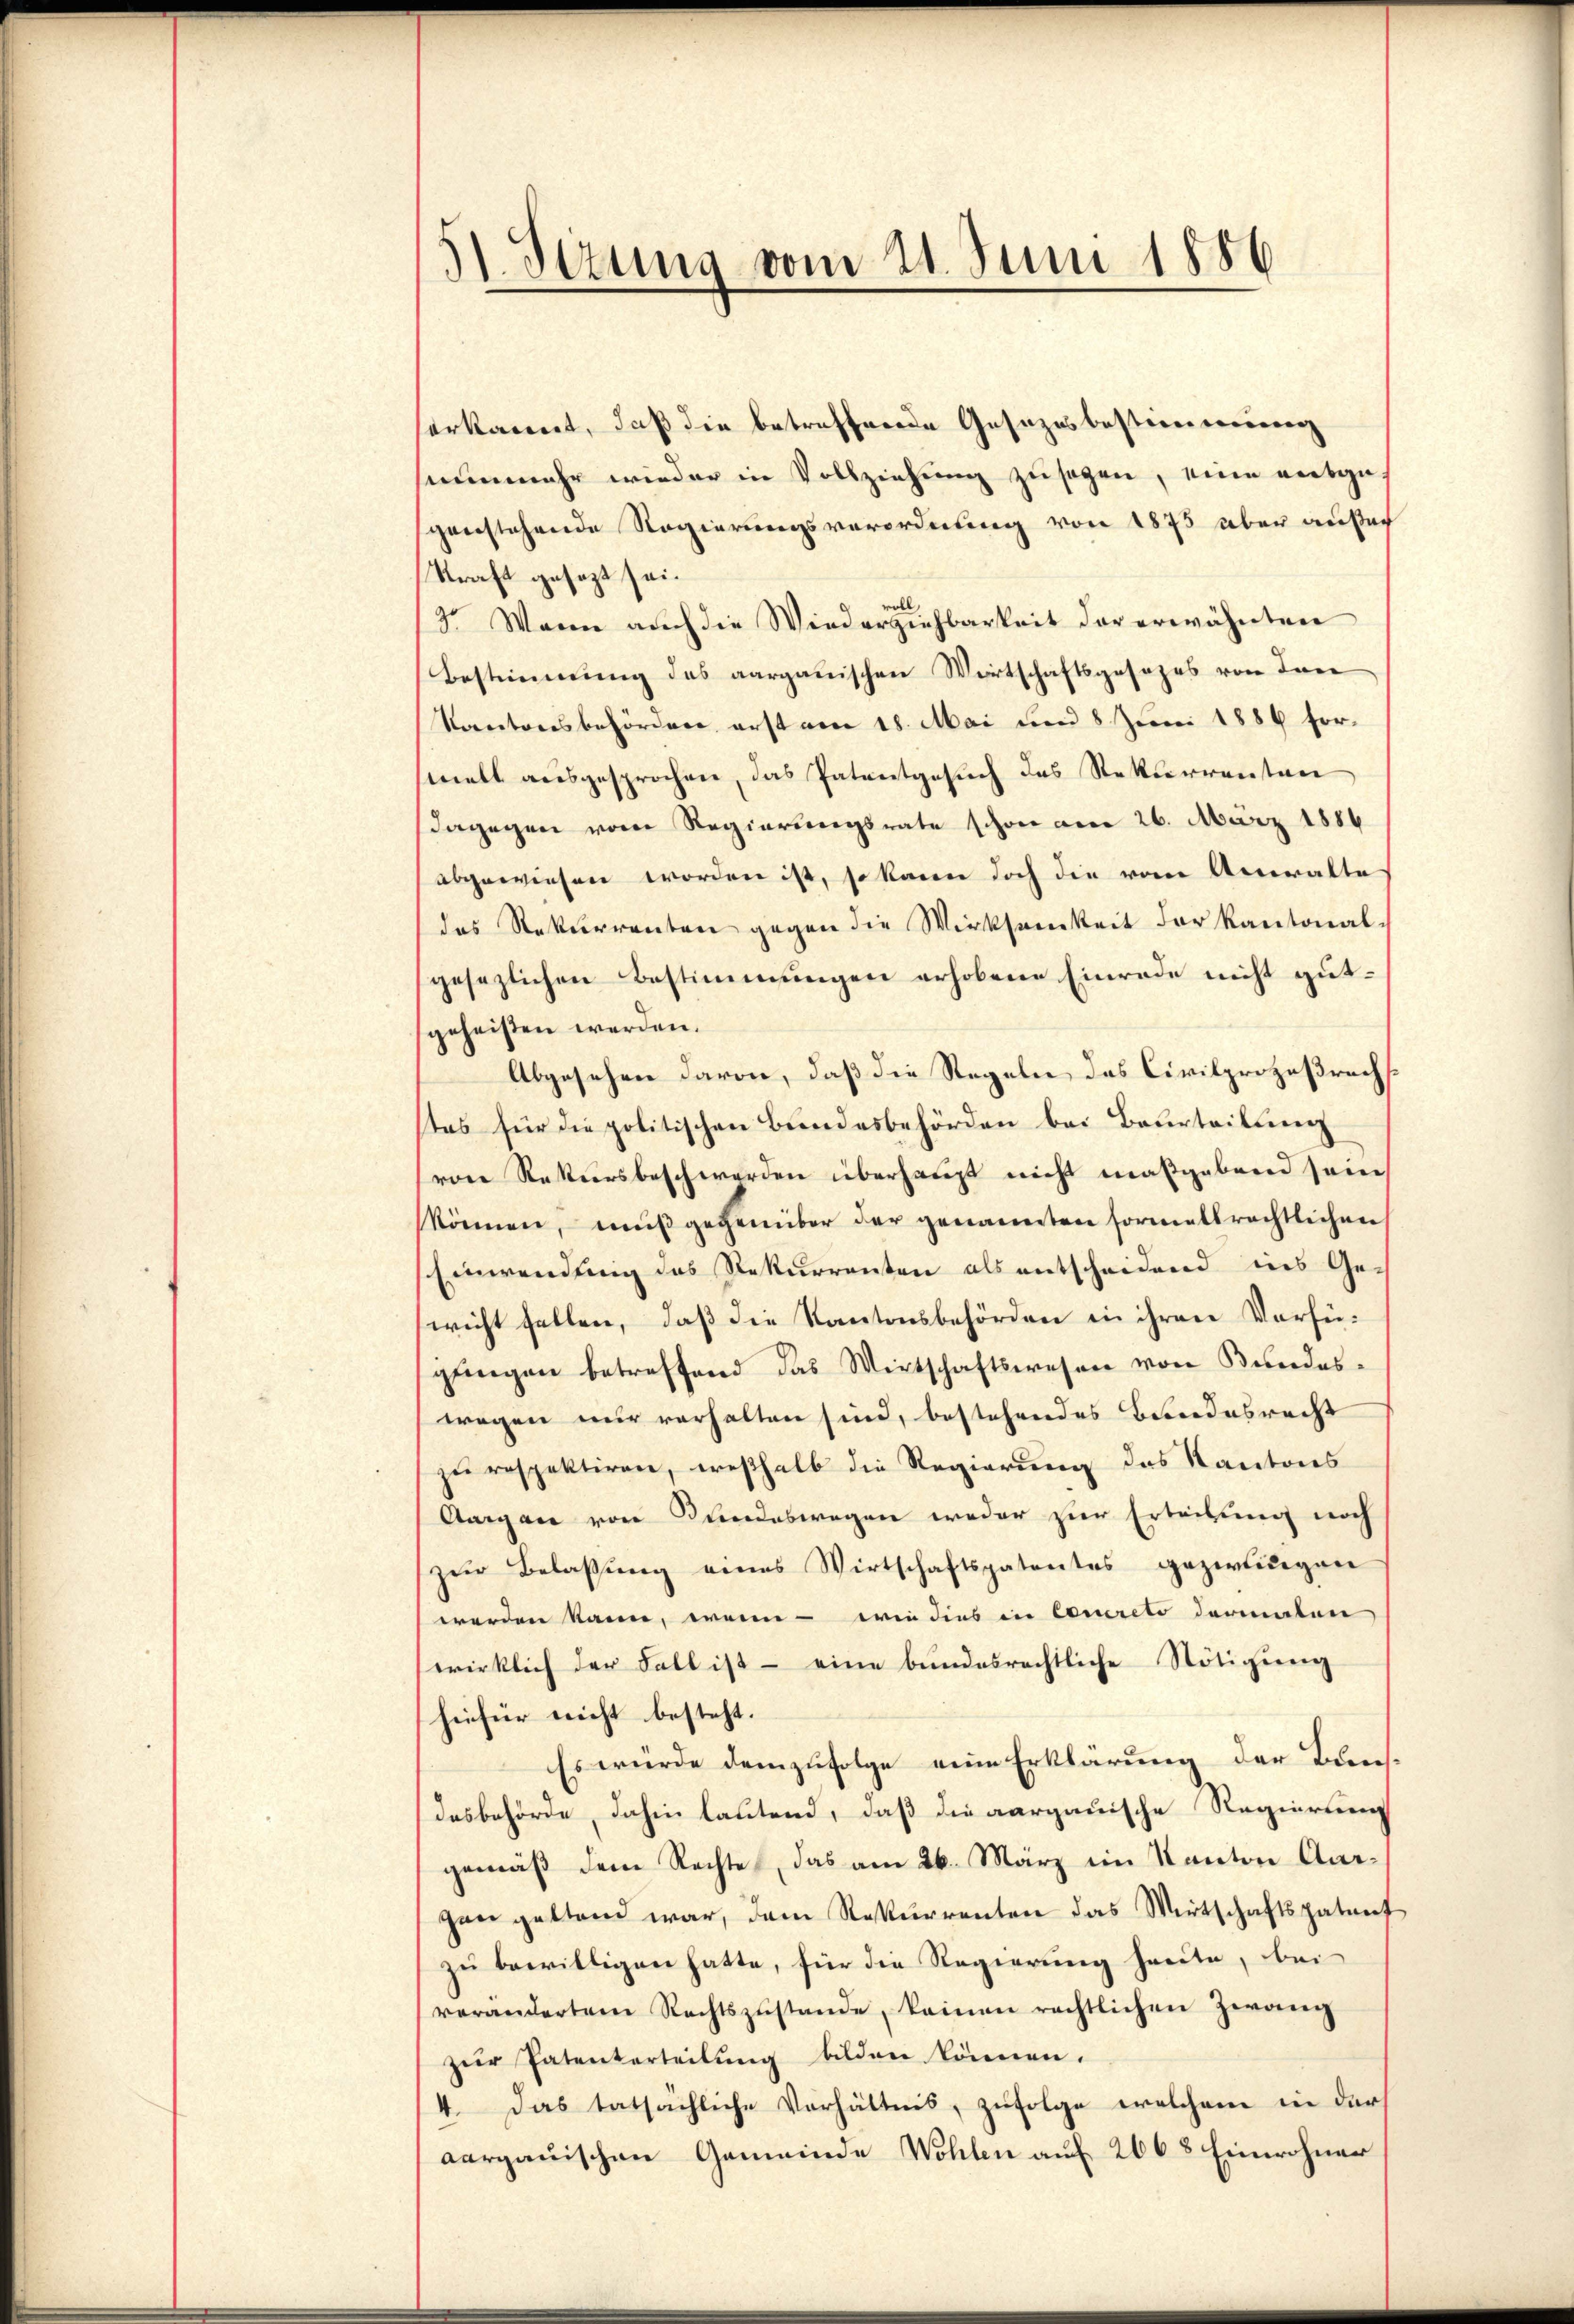
51. Sizung vom 21. Juni 1886

erkannt, daß die betreffende Gesezesbestimmung
nunmehr wieder in Vollziehung zusagen, eine entgegenstehende Regierungsverordnung von 1875 über ausach
Kraft gesezt sei.
voll,
3. Wann auch die Wiederziehbarkeit der erwähnten
Bestimmung des aargauischen Wirtschaftsgesezes von Inei
Kantonsbehördere erst von 18. Mai um 8 Juni 1886 formelt ausgesprochen, das Patentgesuch des Rekurrenten
dagegen vom Regierungsrate schon am 26. März 1886
abgewiesen worden ist, so kann doch die vom Anwalte
das Rekurrenten gegen die Wirksamkeit der Kantonal-
gesezlichen Bestimmungen erhobene Einrede nicht gutgeheisten werden.
Abgesehen davon, daß die Regeln des Civilprozeßrechs
stes für die politischen Bundesbehörden bei Beurteilung
von Rekursbeschwerden überhaupt nicht maßgebend sein
können, muß gegenüber der genannten formatsrechtlichen
Einwendung des Rekurrenten als entscheidend ins Ge-
wicht fellen, daß die Kantonsbehörden in ihren Verfügungen betreffend das Wirtschaftswesen von Bundeswegen nur verhalten sind, bestehendes Bundesrecht
zu respektiren, weßhalb die Regierung des Kantons
Aargau von Bundeswegen weder zur Erleitung noch
zur Belassung eines Wirtschaftspatentes gezwungen
werden kann, wenn - wie dies in Conreto dermalen
wirklich der Fall ist – eine bundesrechtliche Nötigung
hiefür nicht besteht.
Es würde demzufolge eine Erklärung der Bunsdesbehörde, dahin lautend, daß die aargauische Regierung
gemäß dem Rechte, das am 26. März im Kanton Aargen geltend war, dem Rekurrenten das Wirtschaftspatent
zu bewilligen hatte, für die Regierung heute, bei
verändertem Rechtszŭstande, keinen rechtlichen Zwang
zur Patenterteilung bilden können.
4. Das tatsächliche Verhältnis, zufolge welchem in der
aargauischen Gemeinde Wohlen auf 266 8 Einwohner